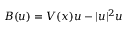
B ( u ) = V ( x ) u - \vert u \vert ^ { 2 } u